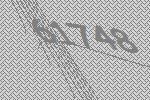
61748